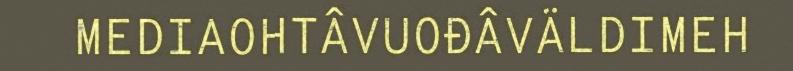
MEDIAOHTÂVUOĐÂVÄLDIMEH